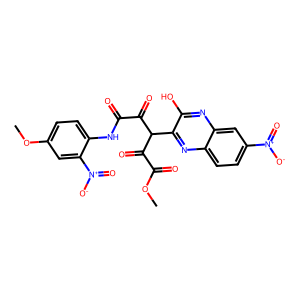
SMILES: COC(=O)C(=O)C(C(=O)C(=O)Nc1ccc(OC)cc1[N+](=O)[O-])c1nc2ccc([N+](=O)[O-])cc2nc1O
Inhibits HIV replication: No